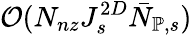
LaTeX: \mathcal{O}(N_{nz}J_{s}^{2D}\bar{N}_{\mathbb{P},s})